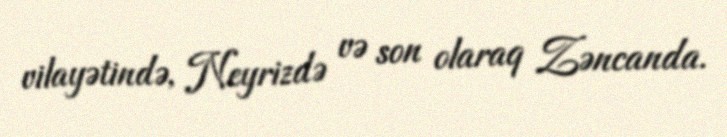
vilayətində, Neyrizdə və son olaraq Zəncanda.